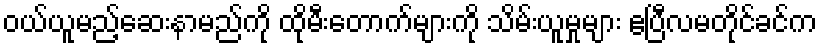
ဝယ်ယူမည့်ဆေးနာမည်ကို ထိုမီးတောက်များကို သိမ်းယူမှုများ ဧပြီလမတိုင်ခင်က